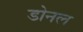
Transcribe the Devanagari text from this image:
डोनल